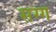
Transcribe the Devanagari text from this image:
सग्ग